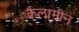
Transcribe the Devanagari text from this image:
कैलामीन